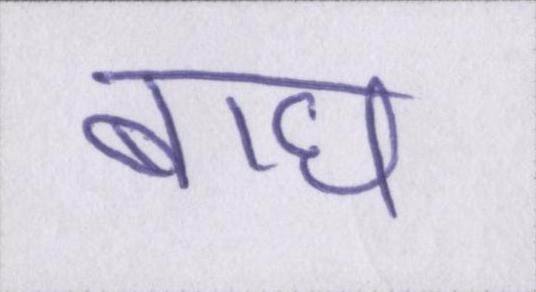
बाघ